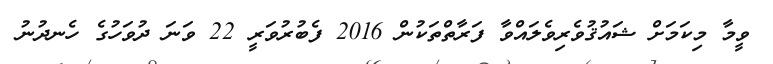
ވީމާ މިކަމަށް ޝައުޤުވެރިވެލައްވާ ފަރާތްތަކުން 2016 ފެބުރުވަރީ 22 ވަނަ ދުވަހުގެ ހެނދުނު